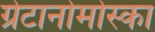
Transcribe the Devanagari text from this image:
ग्रेटानोमोस्का